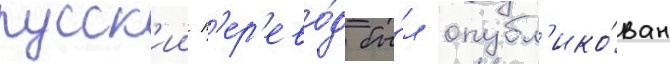
русск'ии п'ер'ево́д бы́л опубл'ико́ван